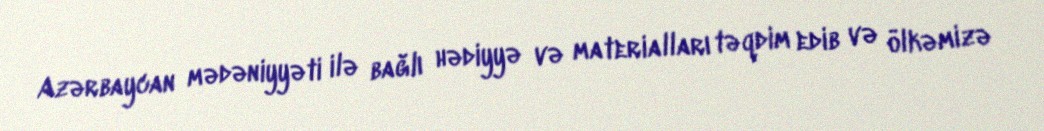
Azərbaycan mədəniyyəti ilə bağlı hədiyyə və materialları təqdim edib və ölkəmizə